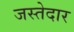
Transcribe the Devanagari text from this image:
जस्तेदार